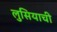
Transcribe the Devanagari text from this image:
लुसियाची